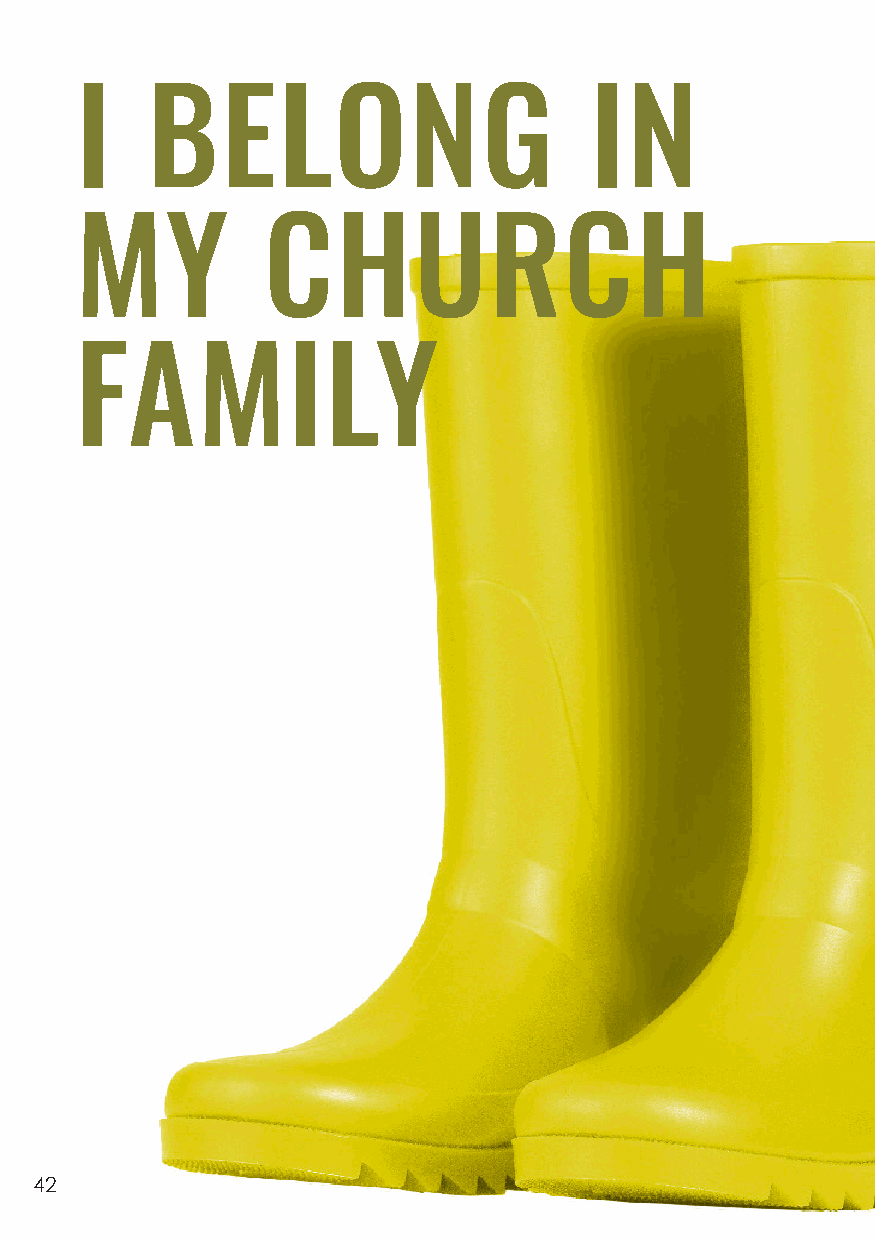
I    BELONG                       IN
 MY          CHURCH
 FAMILY
 42